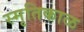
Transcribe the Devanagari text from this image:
स्मृतिकाळ